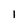
Character: 1